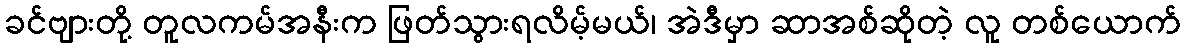
ခင်ဗျားတို့ တူလကမ်အနီးက ဖြတ်သွားရလိမ့်မယ်၊ အဲဒီမှာ ဆာအစ်ဆိုတဲ့ လူ တစ်ယောက်